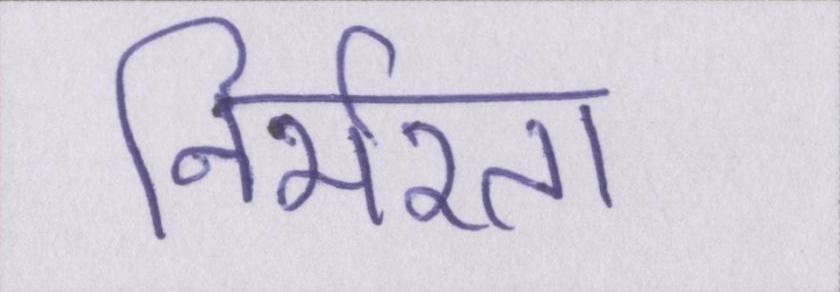
निर्भरता